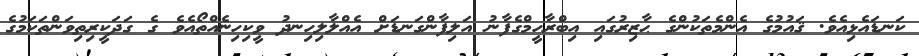
ކަނޑައެޅިއެވެ. ޤައުމުގެ އެންމެތަކުންގެ ޙާޒިރުގައި އިބްރާހީމްގެފާނު އަލިފާންގަނޑަށް އެއްލާލިހިނދު ވީކިހިނެއްތޯއެވެ ގެ ގަދަކީރިތިވަންތަކަމުގެ